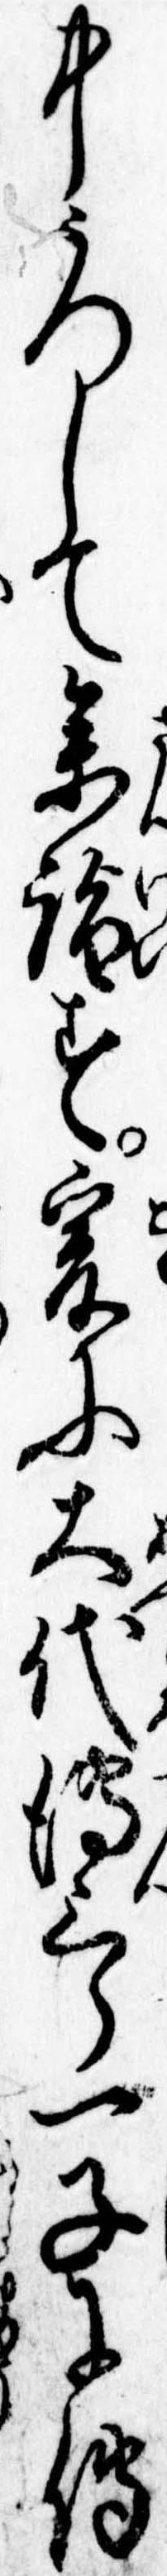
中うつして参詣す爰に大代伝三郎一子に伝